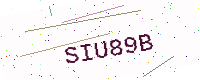
Text: SIU89B